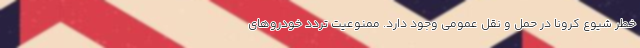
خطر شیوع کرونا در حمل و نقل عمومی وجود دارد. ممنوعیت تردد خودرو‌های